Medical and sanitary report of the native army of Madras for the year
Year: 1875
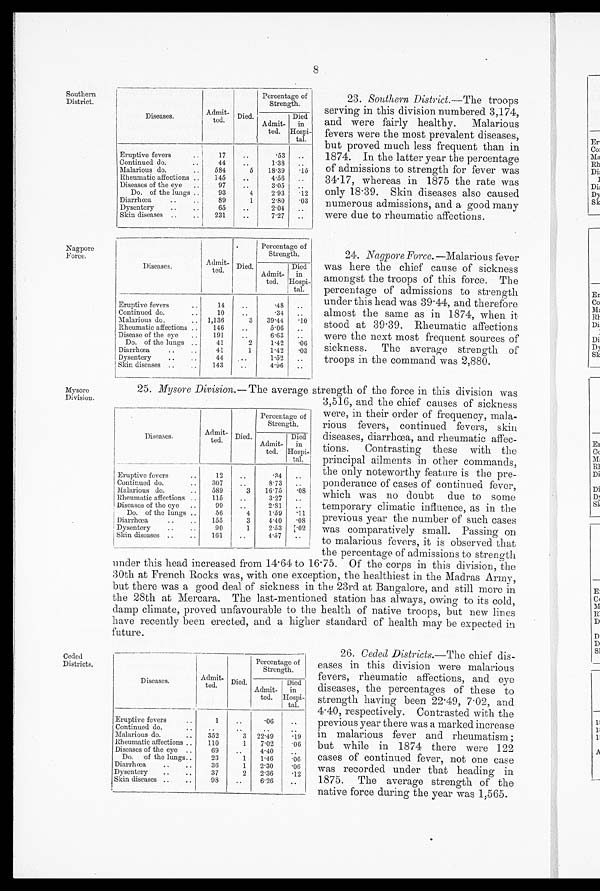
8
Southern
District.
Nagpore
Force.
Mysore
Division.
Diseases.
Admit
-
ted.
Died.
Percentage of
Strength.
Admit
-
ted.
Died
in
Hospi
-
tal.
Eruptive fevers
17
..
.53
..
Continued do.
44
..
1.38
..
Malarious do.
..
584
5
18.39
. 1 5
Rheumatic affections ..
145
..
4.56
..
Diseases of the eye
..
97
..
3.05
. .
Do. of the lungs ..
93
4
2.93
. 1 2
Diarrhœa
..
..
89
1
2.80
. 0 3
Dysentery
..
..
65
..
2.04
..
Skin diseases ..
..
231
..
7.27
..
Diseases.
Admit
-
ted.
Died.
Percentage of
Strength.
Admit
-
ted.
Died
in
Hospi
-
tal.
Eruptive fevers..
1 4
..
.48
..
Continued do.. ,
10
..
.34
..
Malarious do.
..
1,136
3
39.14
. 1 0
Rheumatic affections ..
146
..
5.06
. .
Disease of the eye
..
191
..
6.63
..
Do. of the lungs ..
41
2
1.42
. 0 6
Diarrhœa ..
4 1
1
1.42
. 0 3
Dysentery
..
..
44
. .
1.52
..
Skin diseases ..
..
143
..
4.96
..
Diseases.
Admit
-
ted.
Died.
Percentage of
Strength.
Admit
-
ted.
Died
in
Hospi
-
tal.
Eruptive fevers..
1 2
..
.34
..
Continued do.
..
307
..
8.73
. .
Malarious do.
..
589
3
16.75
. 0 8
Rheumatic affections ..
115
..
3.27
..
Diseases of the eye
..
99
..
2.81
..
Do. of the lungs ..
56
4
1.59
. 1 1
Diarrhœa..
1 5 5
3
4.40
. 0 8
Dysentery
..
..
90
1
2.53
. 02
Skin diseases ..
..
161
..
4.57
..
23. Southern District .—The troops
serving in this division numbered 3,174,
and were fairly healthy. Malarious
fevers were the most prevalent diseases,
but proved much less frequent than in
1874. In the latter year the percentage
of admissions to strength for fever was
34 . 17, whereas in 1875 the rate was
only 18.39. Skin diseases also caused
numerous admissions, and a good many
were due to rheumatic affections.
24.
Nagpore Force.—Malarious fever
was here the chief cause of sickness
amongst the troops of this force. The
percentage of admissions to strength
under this head was 39 . 44, and therefore
almost the same as in 1874, when it
stood at 39 . 39. Rheumatic affections
were the next most frequent sources of
sickness. The average strength of
troops in the command was 2,880.
3,516, and the chief causes of sickness
were, in their order of frequency, mala-
rious fevers, continued fevers, skin
diseases, diarrhœa, and rheumatic affec-
tions. Contrasting these with the
principal ailments in other commands,
the only noteworthy feature is the pre-
ponderance of cases of continued fever,
which was no doubt due to some
temporary climatic influence, as in the
previous year the number of such cases
was comparatively small. Passing on
to malarious fevers, it is observed that
the percentage of admissions to strength
25. Mysore Division.— The average strength of the force in this division was
under this head increased from 14.64 to 16 . 75. Of the corps in this division, the
30th at French Rocks was, with one exception, the healthiest in the Madras Army,
but there was a good deal of sickness in the 23rd at Bangalore, and still more in
the 28th at Mercara. The last-mentioned station has always, owing to its cold,
damp climate, proved unfavourable to the health of native troops, but new lines
have recently been erected, and a higher standard of health may be expected in
future.
Ceded
Districts.
Diseases.
Admit
-
ted
Died.
Percentage of
Strength.
Admit
-
ted.
Died
in
Hospi-
tal.
Eruptive fevers..
1
..
.06
..
Continued do.
..
..
..
..
..
Malarious do.
..
352
3
22.49
. 1 9
Rheumatic affections ..
110
1
7.02
. 0 6
Diseases of the eye ..
69
. .
4.40
..
Do.
of the lungs..
23
1
1.46
. 0 6
Diarrhœa
..
..
36
1
2.30
. 0 6
Dysentery
..
..
37
2
2.36
. 1 2
Skin diseases ..
..
98
..
6.26
..
26. Ceded Districts .—The chief dis-
eases in this division were malarious
fevers, rheumatic affections, and eye
diseases, the percentages of these to
strength having been 22 . 49, 7 . 02, and
4 . 40, respectively. Contrasted with the
previous year there was a marked increase
in malarious fever and rheumatism ;
but while in 1874 there were 122
cases of continued fever, not one case
was recorded under that heading in
1875. The average strength of the
native force during the year was 1,565.